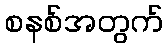
စနစ်အတွက်